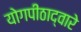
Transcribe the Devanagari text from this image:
योगपीठाद्वारे